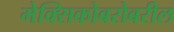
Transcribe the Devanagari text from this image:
मेक्सिकोबरोबरील